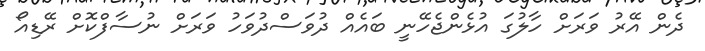
ދެން އޭރު ވަރަށް ހާލުގަ އުޅެންޖެހޭނީ ބައެއް ދުވަސްދުވަހު ވަރަށް ނުސާފްކޮށް ރޭޑިއޯ